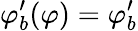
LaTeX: \varphi_{b}^{\prime}(\varphi)=\varphi_{b}^{\prime}